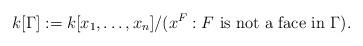
LaTeX: \begin{align*} k[\Gamma] := k[x_1, \ldots, x_n] / (x^F : F \mbox{ is not a face in } \Gamma). \end{align*}